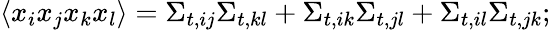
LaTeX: \langle x_{i}x_{j}x_{k}x_{l}\rangle=\Sigma_{t,ij}\Sigma_{t,kl}+\Sigma_{t,ik}\Sigma_{t,jl}+\Sigma_{t,il}\Sigma_{t,jk};